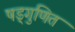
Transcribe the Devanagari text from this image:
षड्गुणित